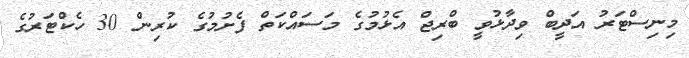
މިނިސްޓަރު އަދީބް ވިދާޅުވީ ބްރިޖް އެޅުމުގެ މަސައްކަތް ފެށުމުގެ ކުރިން 30 ހެކްޓަރުގެ